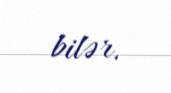
bilər.